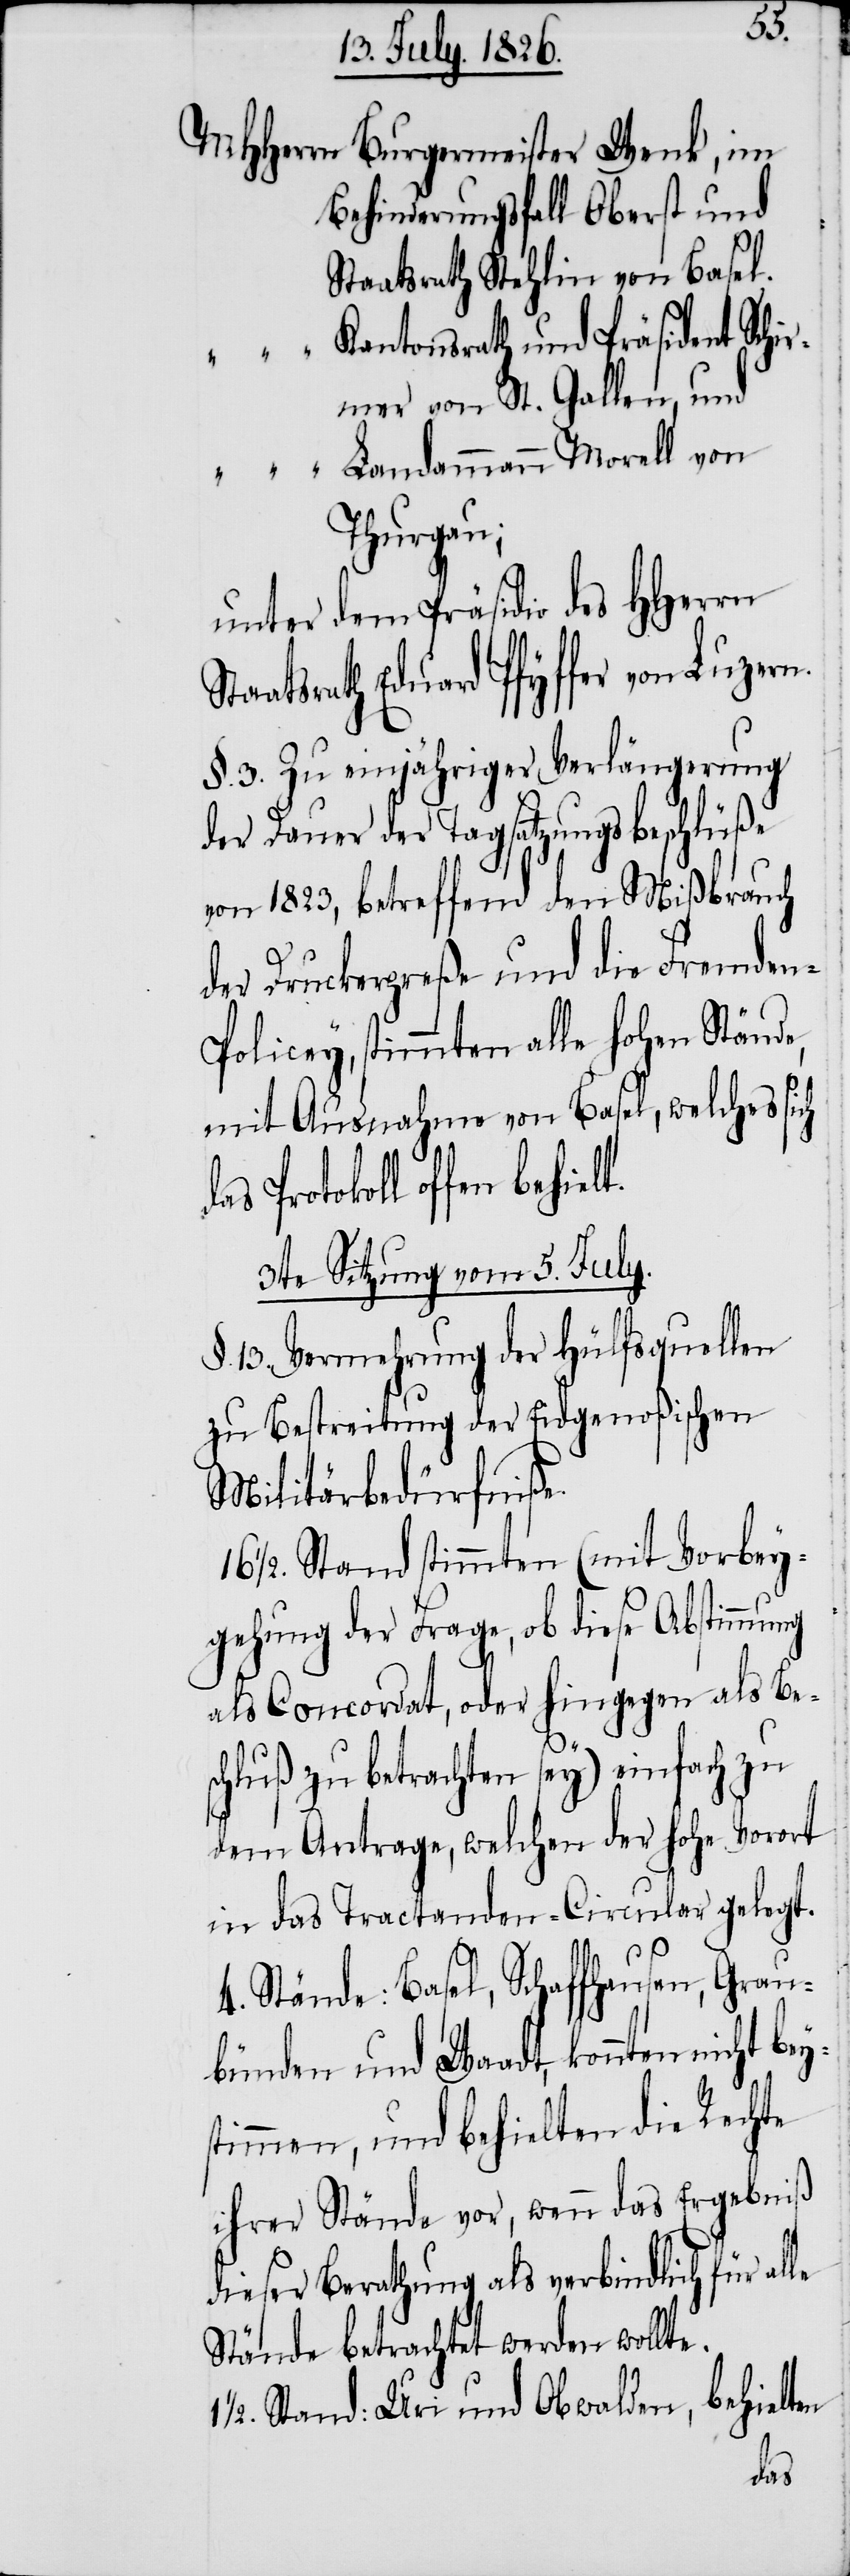
ys¬
MHHerrn
Burgermeister Wenk, im
Behinderungsfall Oberst und
Staatsrath Stehlin von Basel.
Kantonsrath und Präsident Schi¬
rmer von St. Gallen, und
Thurgau;
unter dem Präsidio des HHerrn
aatsrath Eduard Pfyffer von Luzern.
§. 3. Zu einjähriger Verlängerung
der Dauer der Tagsatzungsbeschlüße
von 1823, betreffend den Mißbrauch
der Druckerpreße und die Fremden-P¬
olicey, stimmten alle hohen Stände,
mit Ausnahme von Basel, welches sich
das Protokoll offen
3te Sitzung vom 5. July.
§. 13. Vermehrung der Hülfsquellen
zu Bestreitung der Eidgenoßischen
Militärbedürfniße.
1/2. Stand stimmten (mit Vorbey¬
gehung der Frage, ob diese Abstimmung
als Concordat, oder hingegen als Bes¬
chluß zu betrachten sey) einfach zu
dem Antrage, welchen der hohe Vorort
in das Tractanden-Circular gelegt.
4. Stände: Basel, Schaffhausen, Grau¬
bünden und Waadt, konnten nicht be¬
timmen, und behielten die Rechte
ihrer Stände vor, wenn das Ergebniß
dieser Berathung als verbindlich für al¬
Stände betrachtet werden wollte.
1/2. Stand: Uri und Obwalden, behielten
le